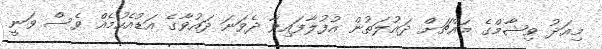
މިއަދު ވިޝާމްގެ މައްޗަށް ދައުލަތުން އުފުލާފައިވާ ދެވަނަ ދައުވާގެ އަޑުއެހުމެއް ވެސް ވަނީ